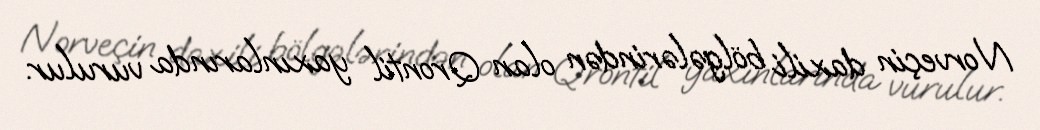
Norveçin daxili bölgələrindən olan Qrontil yaxınlarında vurulur.